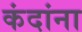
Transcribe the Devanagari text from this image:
कंदांना